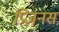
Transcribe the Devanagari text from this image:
प्रिज़नस